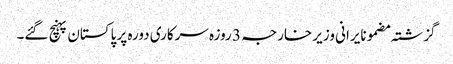
گزشتہ مضمونایرانی وزیر خارجہ 3 روزہ سرکاری دورہ پر پاکستان پہنچ گئے۔